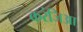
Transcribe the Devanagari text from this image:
करंजिआ